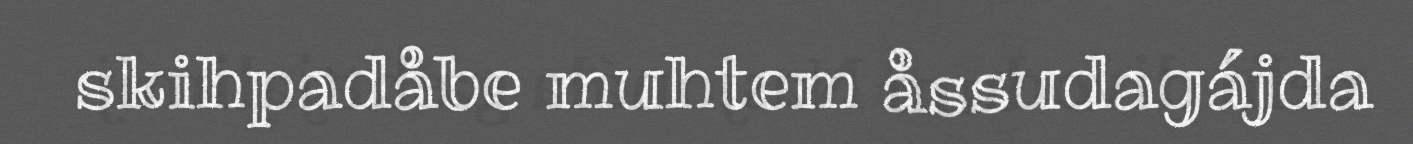
skihpadåbe muhtem åssudagájda